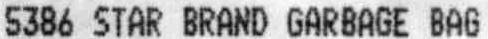
5386 STAR BRAND GARBAGE BAG